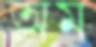
অম